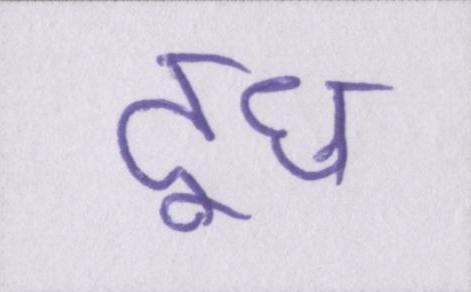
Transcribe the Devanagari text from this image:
दूध